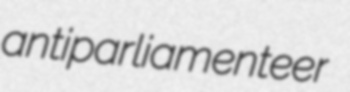
antiparliamenteer